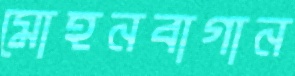
মোহনবাগান